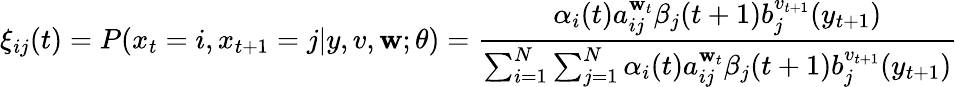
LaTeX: \xi_{ij}(t)=P(x_{t}=i,x_{t+1}=j|y,v,\mathbf{w};\theta)={\frac{{\alpha_{i}(t)a_{ij}^{\mathbf{w}_{t}}\beta_{j}(t+1)b_{j}^{v_{t+1}}(y_{t+1})}}{{\sum_{i=1}^{N}\sum_{j=1}^{N}\alpha_{i}(t)a_{ij}^{\mathbf{w}_{t}}\beta_{j}(t+1)b_{j}^{v_{t+1}}(y_{t+1})}}}